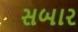
સબાર